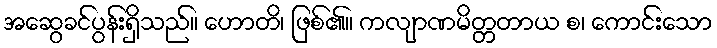
အဆွေခင်ပွန်းရှိသည်။ ဟောတိ၊ ဖြစ်၏။ ကလျာဏမိတ္တတာယ စ၊ ကောင်းသော